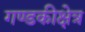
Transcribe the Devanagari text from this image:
गण्डकीक्षेत्र